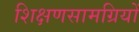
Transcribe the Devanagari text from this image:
शिक्षणसामग्रियों